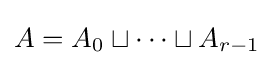
A=A_{0}\sqcup \cdots \sqcup A_{r-1}